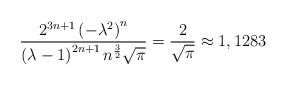
LaTeX: \begin{align*}\frac{2^{3n+1}\left( -\lambda ^{2}\right) ^{n}}{\left( \lambda -1\right)^{2n+1}n^{\frac{3}{2}}\sqrt{\pi }}=\frac{2}{\sqrt{\pi }}\approx 1,1283\end{align*}